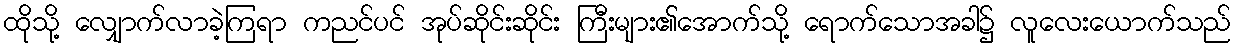
ထိုသို့ လျှောက်လာခဲ့ကြရာ ကညင်ပင် အုပ်ဆိုင်းဆိုင်း ကြီးများ၏အောက်သို့ ရောက်သောအခါ၌ လူလေးယောက်သည်